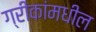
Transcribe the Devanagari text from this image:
ग्रीकांमधील